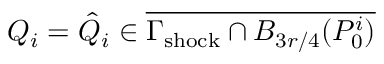
Q _ { i } = \hat { Q } _ { i } \in \overline { { \Gamma _ { \mathrm { s h o c k } } \cap B _ { 3 r / 4 } ( P _ { 0 } ^ { i } ) } }